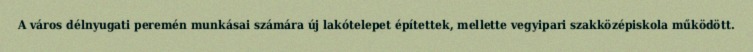
A város délnyugati peremén munkásai számára új lakótelepet építettek, mellette vegyipari szakközépiskola működött.